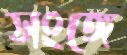
সংঙ্গে